Trukikaitis_Postimees, lk 145
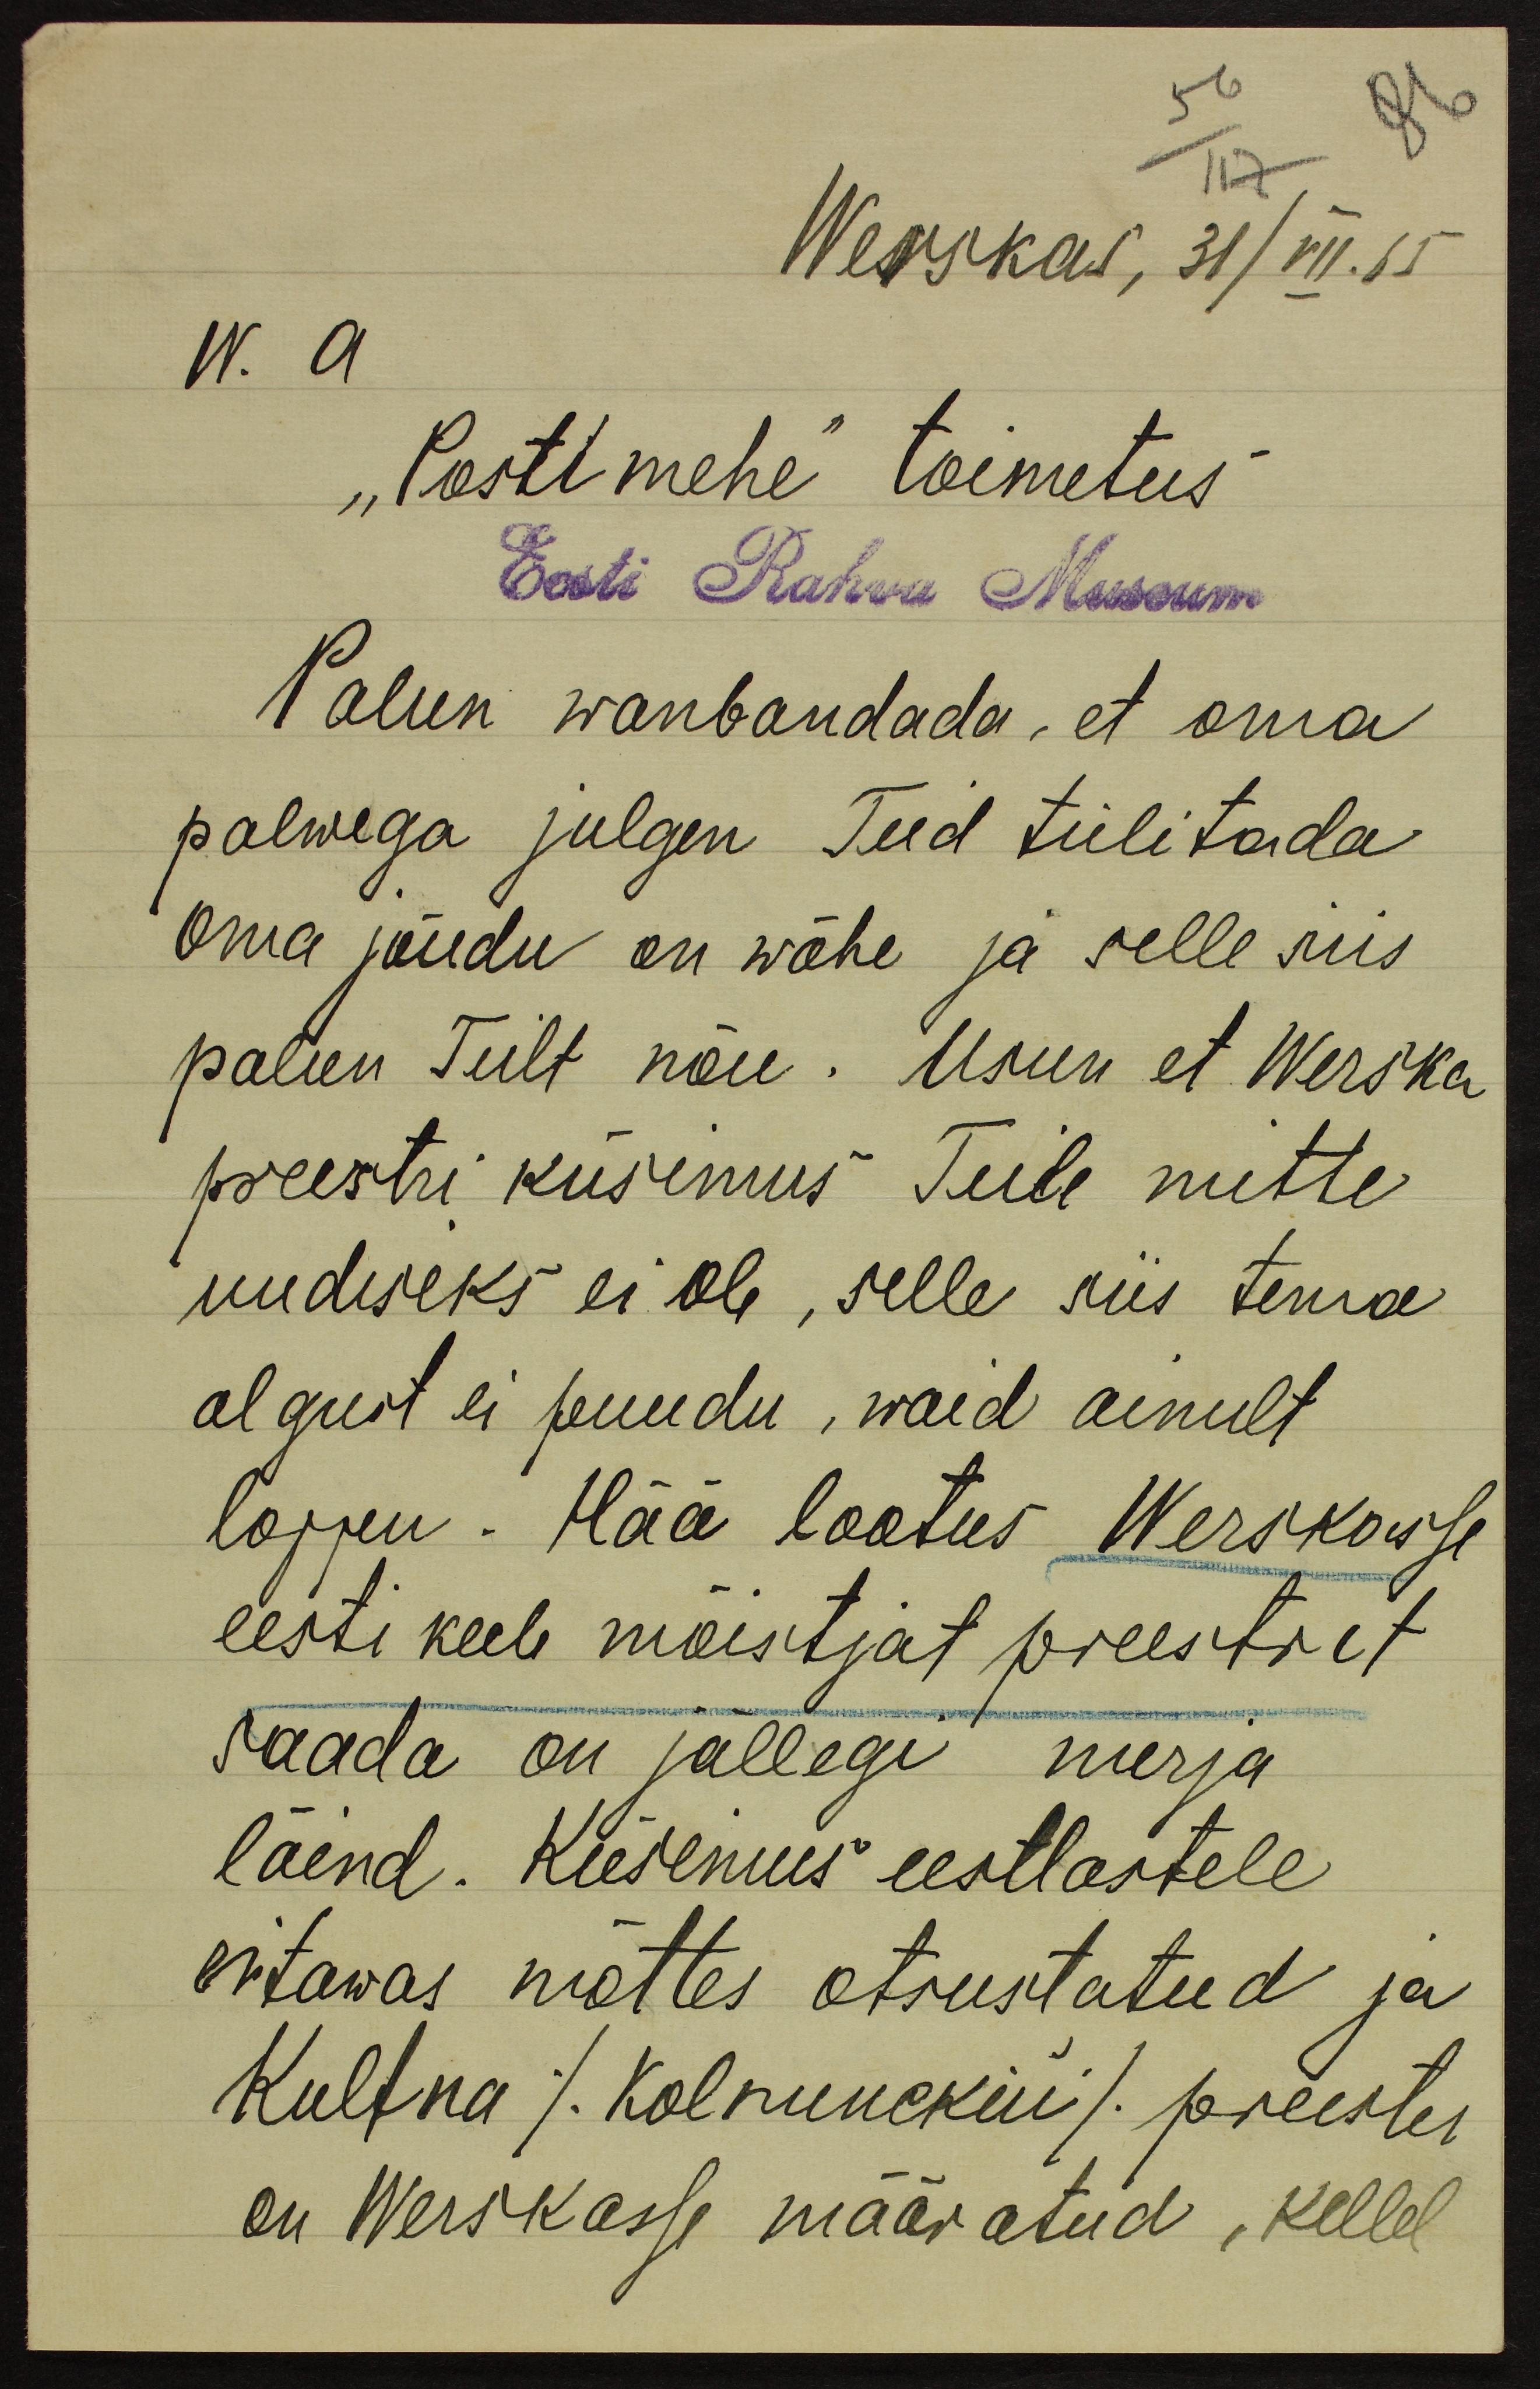
Werskas, 31/VII.15
w. a.
"Postimehe" toimetus
Eest Rahva Museum
Palun wanbandada, et oma
palwega julgen Teid tülitada
Oma jõudu on wähe ja selle siis
palun Teilt nõu. Usun et Werska
preestri küsimus Teile mitte
uudiseks ei ole, selle siis tema
algust ei puudu, waid ainult
lõpu. Hää lootus Werskasse
eesti keele mõistjat preestrit
saada on jällegi nurja
läind. Küsimus eestlastele
eitawas mõttes otsustatud ja
Kultna /Kolnukiri/ preester
on Werskasse määratud, kellel